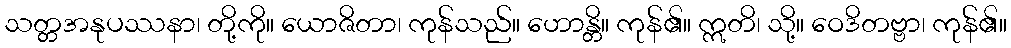
သတ္တအနုပဿနာ၊ တို့ကို။ ယောဇိတာ၊ ကုန်သည်။ ဟောန္တိ။ ကုန်၏။ ဣတိ၊ သို့။ ဝေဒိတဗ္ဗာ၊ ကုန်၏။